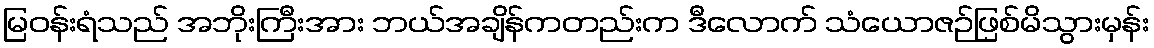
မြဝန်းရံသည် အဘိုးကြီးအား ဘယ်အချိန်ကတည်းက ဒီလောက် သံယောဇဉ်ဖြစ်မိသွားမှန်း